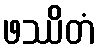
ဖဿိတံ